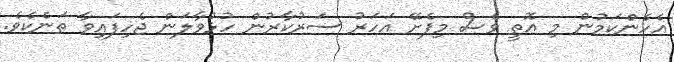
އެހެންކަމުން މި އޮތީ ވެސް މިފެށޭ އަހަރު ސަރުކާރުން ހުޅުވާލަން ޖެހިފައިވާ ތަނެކެވެ.